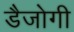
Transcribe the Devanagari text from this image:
डैजोगी